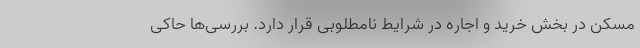
مسکن در بخش خرید و اجاره در شرایط نامطلوبی قرار دارد. بررسی‌ها حاکی